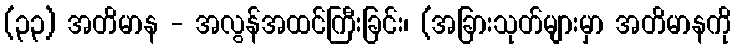
(၃၃) အတိမာန - အလွန်အထင်ကြီးခြင်း၊ (အခြားသုတ်များမှာ အတိမာနကို